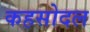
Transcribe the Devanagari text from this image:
कहसोदल